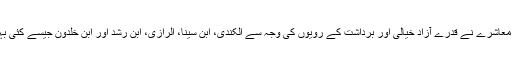
یہ وہ وقت تھا جب اسلامی معاشرے نے قدرے آزاد خیالی اور برداشت کے رویوں کی وجہ سے الکندی، ابنِ سینا، الرازی، ابنِ رشد اور ابنِ خلدون جیسے کئی بہترین سائنس دان پیدا کیے ۔